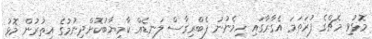
މޮޅުވި މެޗްގެ ފުރަތަމަ އެގާރާގައި ހިމެނުނު ފެބްރިގާސް ލަނޑެއް ކާމިޔާބުކޮށްދިނުމުގެ އިތުރުން މޮޅު